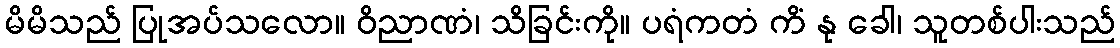
မိမိသည် ပြုအပ်သလော။ ဝိညာဏံ၊ သိခြင်းကို။ ပရံကတံ ကိံ နု ခေါ၊ သူတစ်ပါးသည်